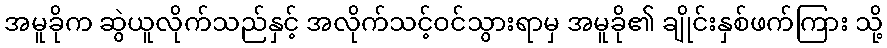
အမူခိုက ဆွဲယူလိုက်သည်နှင့် အလိုက်သင့်ဝင်သွားရာမှ အမူခို၏ ချိုင်းနှစ်ဖက်ကြား သို့